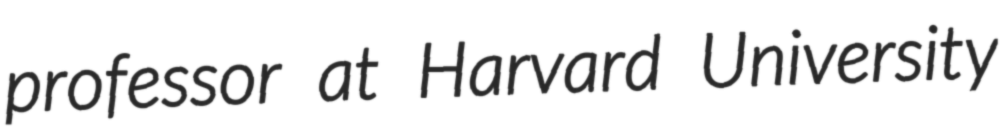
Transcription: professor at Harvard University